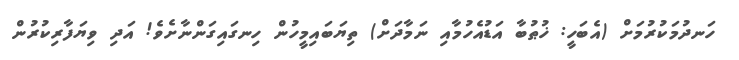
ހަނދުމަކުރުމަށް (އެބަހީ: ޚުޠުބާ އަޑުއެހުމާއި ނަމާދަށް) ތިޔަބައިމީހުން ހިނގައިގަންނާށެވެ! އަދި ވިޔަފާރިކުރުން